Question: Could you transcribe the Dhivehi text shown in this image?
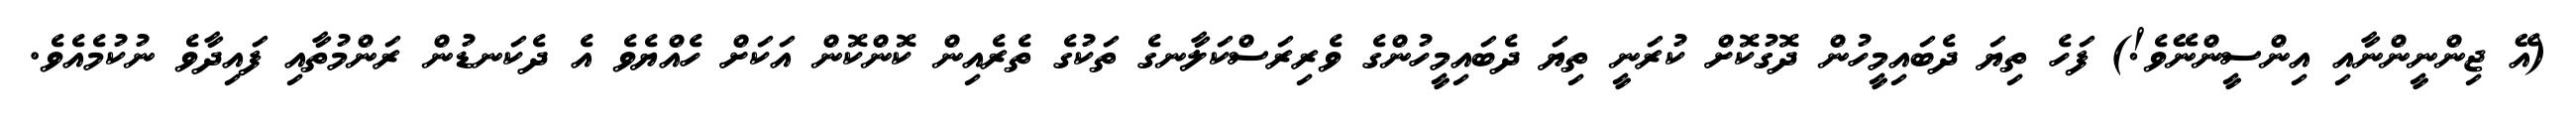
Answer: (އޭ ޖިންނީންނާއި އިންސީންނޭވެ!) ފަހެ ތިޔަ ދެބައިމީހުން ދޮގުކޮށް ކުރަނީ ތިޔަ ދެބައިމީހުންގެ ވެރިރަސްކަލާނގެ ތަކުގެ ތެރެއިން ކޮންކޮން އަކަށް ހެއްޔެވެ އެ ދެކަނޑުން ރަންމުތާއި ފައިދާވެ ނުކުމެއެވެ.